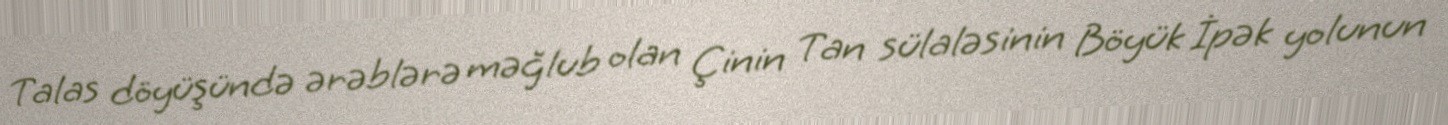
Talas döyüşündə ərəblərə məğlub olan Çinin Tan sülaləsinin Böyük İpək yolunun